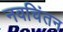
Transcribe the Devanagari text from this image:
नवचिंतन